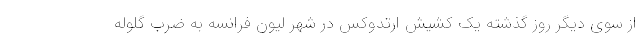
از سوی دیگر روز گذشته یک کشیش ارتدوکس در شهر لیون فرانسه به ضرب گلوله